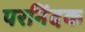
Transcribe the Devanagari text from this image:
परनिंदक